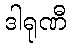
ဒါရုဏီ